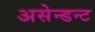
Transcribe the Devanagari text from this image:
असेन्डन्ट